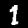
Digit: 1